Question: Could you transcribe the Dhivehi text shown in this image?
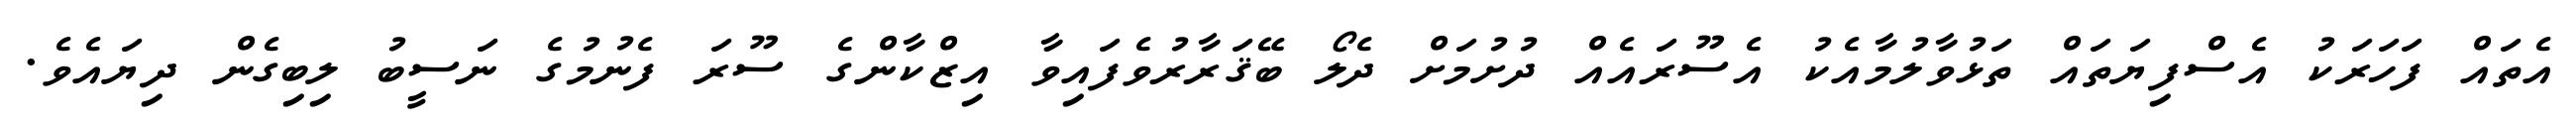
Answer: އެތައް ފަހަރަކު އެސްފިޔަތައް ތަޅުވާލުމާއެކު އެސޫރައެއް ދުށުމަށް ދެލޯ ބޭޤަރާރުވެފައިވާ އިޒްކާންގެ ސޫރަ ފެނުމުގެ ނަސީބު ލިބިގެން ދިޔައެވެ.